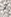
أنا